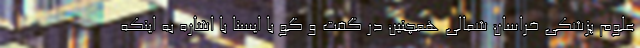
علوم پزشکی خراسان شمالی همچنین در گفت و گو با ایسنا با اشاره به اینکه